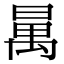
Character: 𣈦